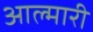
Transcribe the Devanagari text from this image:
आल्मारी